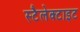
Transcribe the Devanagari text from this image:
स्टैलेक्टाइट